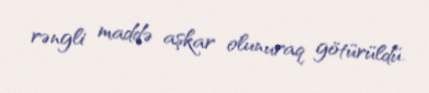
rəngli maddə aşkar olunuraq götürüldü.